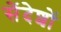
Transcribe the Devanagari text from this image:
सेंदेशों